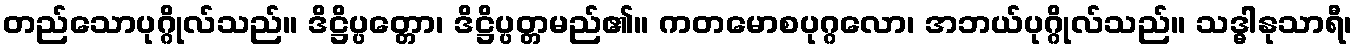
တည်သောပုဂ္ဂိုလ်သည်။ ဒိဋ္ဌိပ္ပတ္တော၊ ဒိဋ္ဌိပ္ပတ္တမည်၏။ ကတမောစပုဂ္ဂလော၊ အဘယ်ပုဂ္ဂိုလ်သည်။ သဒ္ဓါနုသာရီ၊